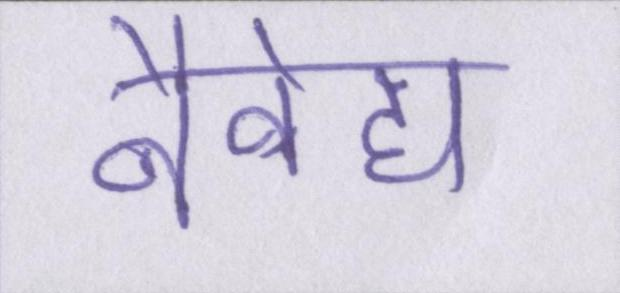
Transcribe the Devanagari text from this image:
नैवेद्य